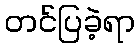
တင်ပြခဲ့ရာ